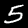
Label: 5